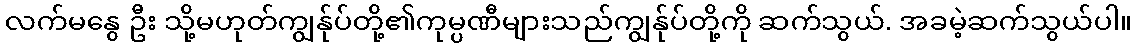
လက်မနွေ ဦး သို့မဟုတ်ကျွန်ုပ်တို့၏ကုမ္ပဏီများသည်ကျွန်ုပ်တို့ကို ဆက်သွယ်. အခမဲ့ဆက်သွယ်ပါ။